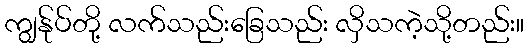
ကျွန်ုပ်တို့ လက်သည်းခြေသည်း လှိသကဲ့သို့တည်း။